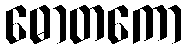
ဓောတကော